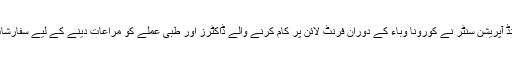
نیشنل کمانڈ اینڈ آپریشن سنٹر نے کورونا وباء کے دوران فرنٹ لائن پر کام کرنے والے ڈاکٹرز اور طبی عملے کو مراعات دینے کے لیے سفارشات تیار کرلیں۔